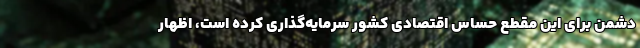
دشمن برای این مقطع حساس اقتصادی کشور سرمایه‌گذاری کرده است، اظهار